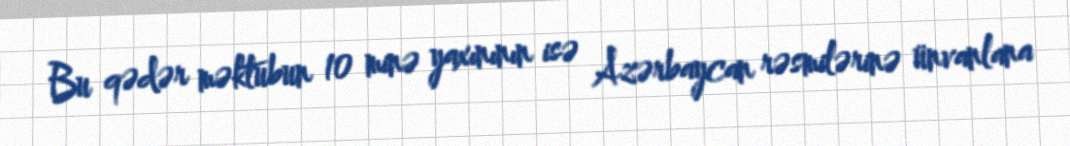
Bu qədər məktubun 10 minə yaxınının isə Azərbaycan rəsmilərinə ünvanlana